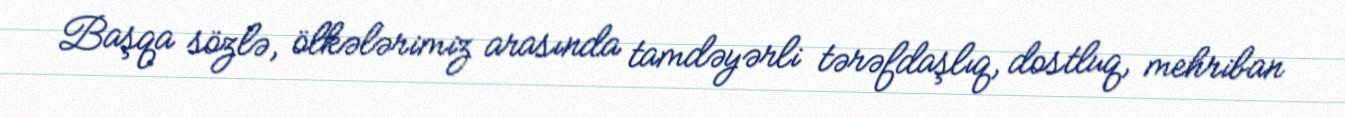
Başqa sözlə, ölkələrimiz arasında tamdəyərli tərəfdaşlıq, dostluq, mehriban